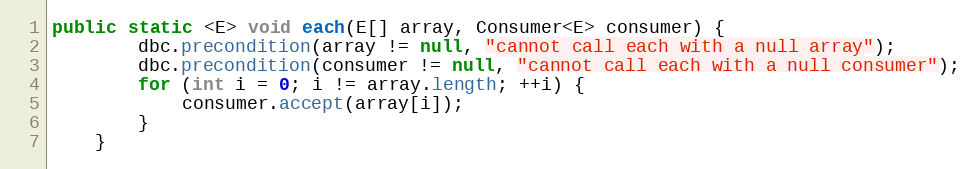
Language: Java
public static <E> void each(E[] array, Consumer<E> consumer) {
        dbc.precondition(array != null, "cannot call each with a null array");
        dbc.precondition(consumer != null, "cannot call each with a null consumer");
        for (int i = 0; i != array.length; ++i) {
            consumer.accept(array[i]);
        }
    }